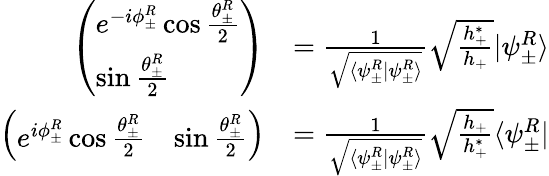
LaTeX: \begin{array}{rl}{\left(\begin{array}{l}{e^{-i\phi_{\pm}^{R}}\cos\frac{\theta_{\pm}^{R}}{2}}\\ {\sin\frac{\theta_{\pm}^{R}}{2}}\end{array}\right)}&{=\frac{1}{\sqrt{\langle\psi_{\pm}^{R}|\psi_{\pm}^{R}\rangle}}\sqrt{\frac{h_{+}^{*}}{h_{+}}}|\psi_{\pm}^{R}\rangle}\\ {\left(\begin{array}{ll}{e^{i\phi_{\pm}^{R}}\cos\frac{\theta_{\pm}^{R}}{2}}&{\sin\frac{\theta_{\pm}^{R}}{2}}\end{array}\right)}&{=\frac{1}{\sqrt{\langle\psi_{\pm}^{R}|\psi_{\pm}^{R}\rangle}}\sqrt{\frac{h_{+}}{h_{+}^{*}}}\langle\psi_{\pm}^{R}|}\end{array}